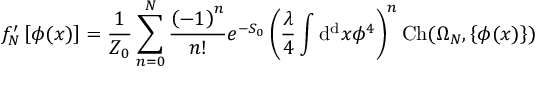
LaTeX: f _ { N } ^ { \prime } \left[ \phi ( x ) \right] = { \frac { 1 } { Z _ { 0 } } } \sum _ { n = 0 } ^ { N } { \frac { \left( - 1 \right) ^ { n } } { n ! } } e ^ { - S _ { 0 } } \left( { \frac { \lambda } { 4 } } \int \mathrm { d ^ { d } } x \phi ^ { 4 } \right) ^ { n } \mathrm { C h } ( \Omega _ { N } , \left\{ \phi ( x ) \right\} )